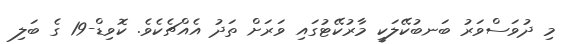
މި ދުވަސްވަރު ބަނބުކޭލަކީ މާރުކޭޓުގައި ވަރަށް ތަދު އެއްޗެކެވެ. ކޮވިޑް-19 ގެ ބަލި